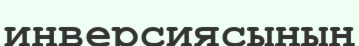
инверсиясының